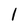
Character: 1